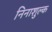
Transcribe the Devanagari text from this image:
निनाशुल्क